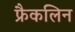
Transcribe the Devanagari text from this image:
फ्रैकलिन